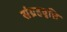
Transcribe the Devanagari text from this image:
संग्रहवृत्ति